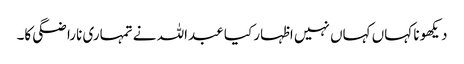
دیکھو نا کہاں کہاں نہیں اظہار کیا عبداللہ نے تمہاری ناراضگی کا۔